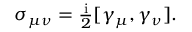
\begin{array} { r } { \sigma _ { \mu \nu } = \frac { \mathrm { i } } { 2 } [ \gamma _ { \mu } , \gamma _ { \nu } ] . } \end{array}